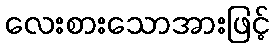
လေးစားသောအားဖြင့်